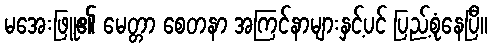
မအေးဖြူ၏ မေတ္တာ စေတနာ အကြင်နာများနှင့်ပင် ပြည့်စုံနေပြီ။